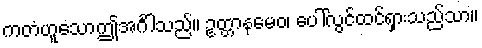
ကတံဟူသောဤအင်္ဂါသည်။ ဥတ္တာနမေဝ၊ ပေါ်လွင်ထင်ရှားသည်သာ။